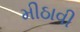
મીઠાવી